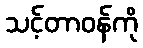
သင့်တာဝန်ကို